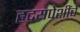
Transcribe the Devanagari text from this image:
हृदयपेशींचे